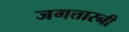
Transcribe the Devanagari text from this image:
जगत्तारनी